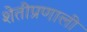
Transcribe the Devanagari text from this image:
शेतीप्रणाली